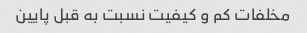
مخلفات کم و کیفیت نسبت به قبل پایین